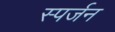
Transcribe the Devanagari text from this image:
स्पर्जन